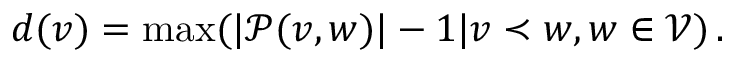
d ( v ) = \operatorname* { m a x } ( | \mathcal { P } ( v , w ) | - 1 | v \prec w , w \in \mathcal { V } ) \, .